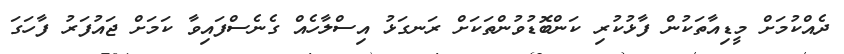
ދެއްކުމަށް މީޑިއާތަކުން ފާޅުކުރި ކަންބޮޑުވުންތަކަށް ރަނގަޅު އިސްލާހެއް ގެނެސްފައިވާ ކަމަށް ޖައުފަރު ފާހަގަ